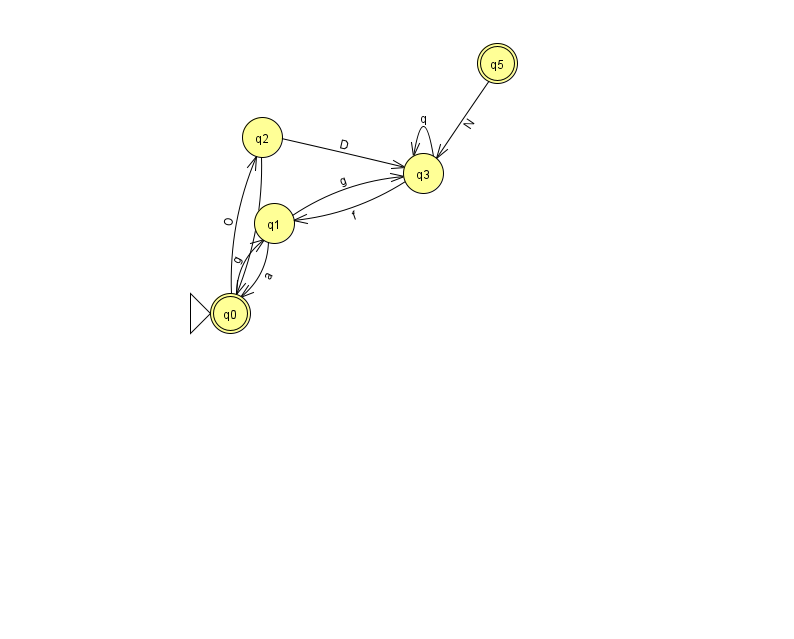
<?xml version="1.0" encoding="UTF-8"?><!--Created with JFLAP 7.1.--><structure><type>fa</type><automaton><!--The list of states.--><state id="0" name="q0"><x>230.0</x><y>300.0</y><initial/><final/></state><state id="1" name="q1"><x>274.0</x><y>210.0</y></state><state id="2" name="q2"><x>262.0</x><y>124.0</y></state><state id="3" name="q3"><x>423.0</x><y>160.0</y></state><state id="4" name="q4"><x>887.0</x><y>364.0</y></state><state id="5" name="q5"><x>497.0</x><y>50.0</y><final/></state><!--The list of transitions.--><transition><from>1</from><to>0</to><read>a</read></transition><transition><from>1</from><to>3</to><read>g</read></transition><transition><from>0</from><to>2</to><read>O</read></transition><transition><from>3</from><to>1</to><read>f</read></transition><transition><from>3</from><to>3</to><read>q</read></transition><transition><from>4</from><to>4</to><read>e</read></transition><transition><from>0</from><to>1</to><read>g</read></transition><transition><from>2</from><to>3</to><read>D</read></transition><transition><from>2</from><to>0</to><read>S</read></transition><transition><from>5</from><to>3</to><read>N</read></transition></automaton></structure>